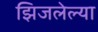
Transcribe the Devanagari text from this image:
झिजलेल्या